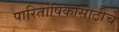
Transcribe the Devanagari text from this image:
पारितोषिकासाठीचे